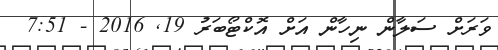
ވަރަށް ސަލާން ނިހާން އަށް އޮކްޓޯބަރު 19